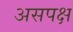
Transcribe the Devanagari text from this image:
असपक्ष